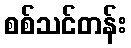
စစ်သင်တန်း